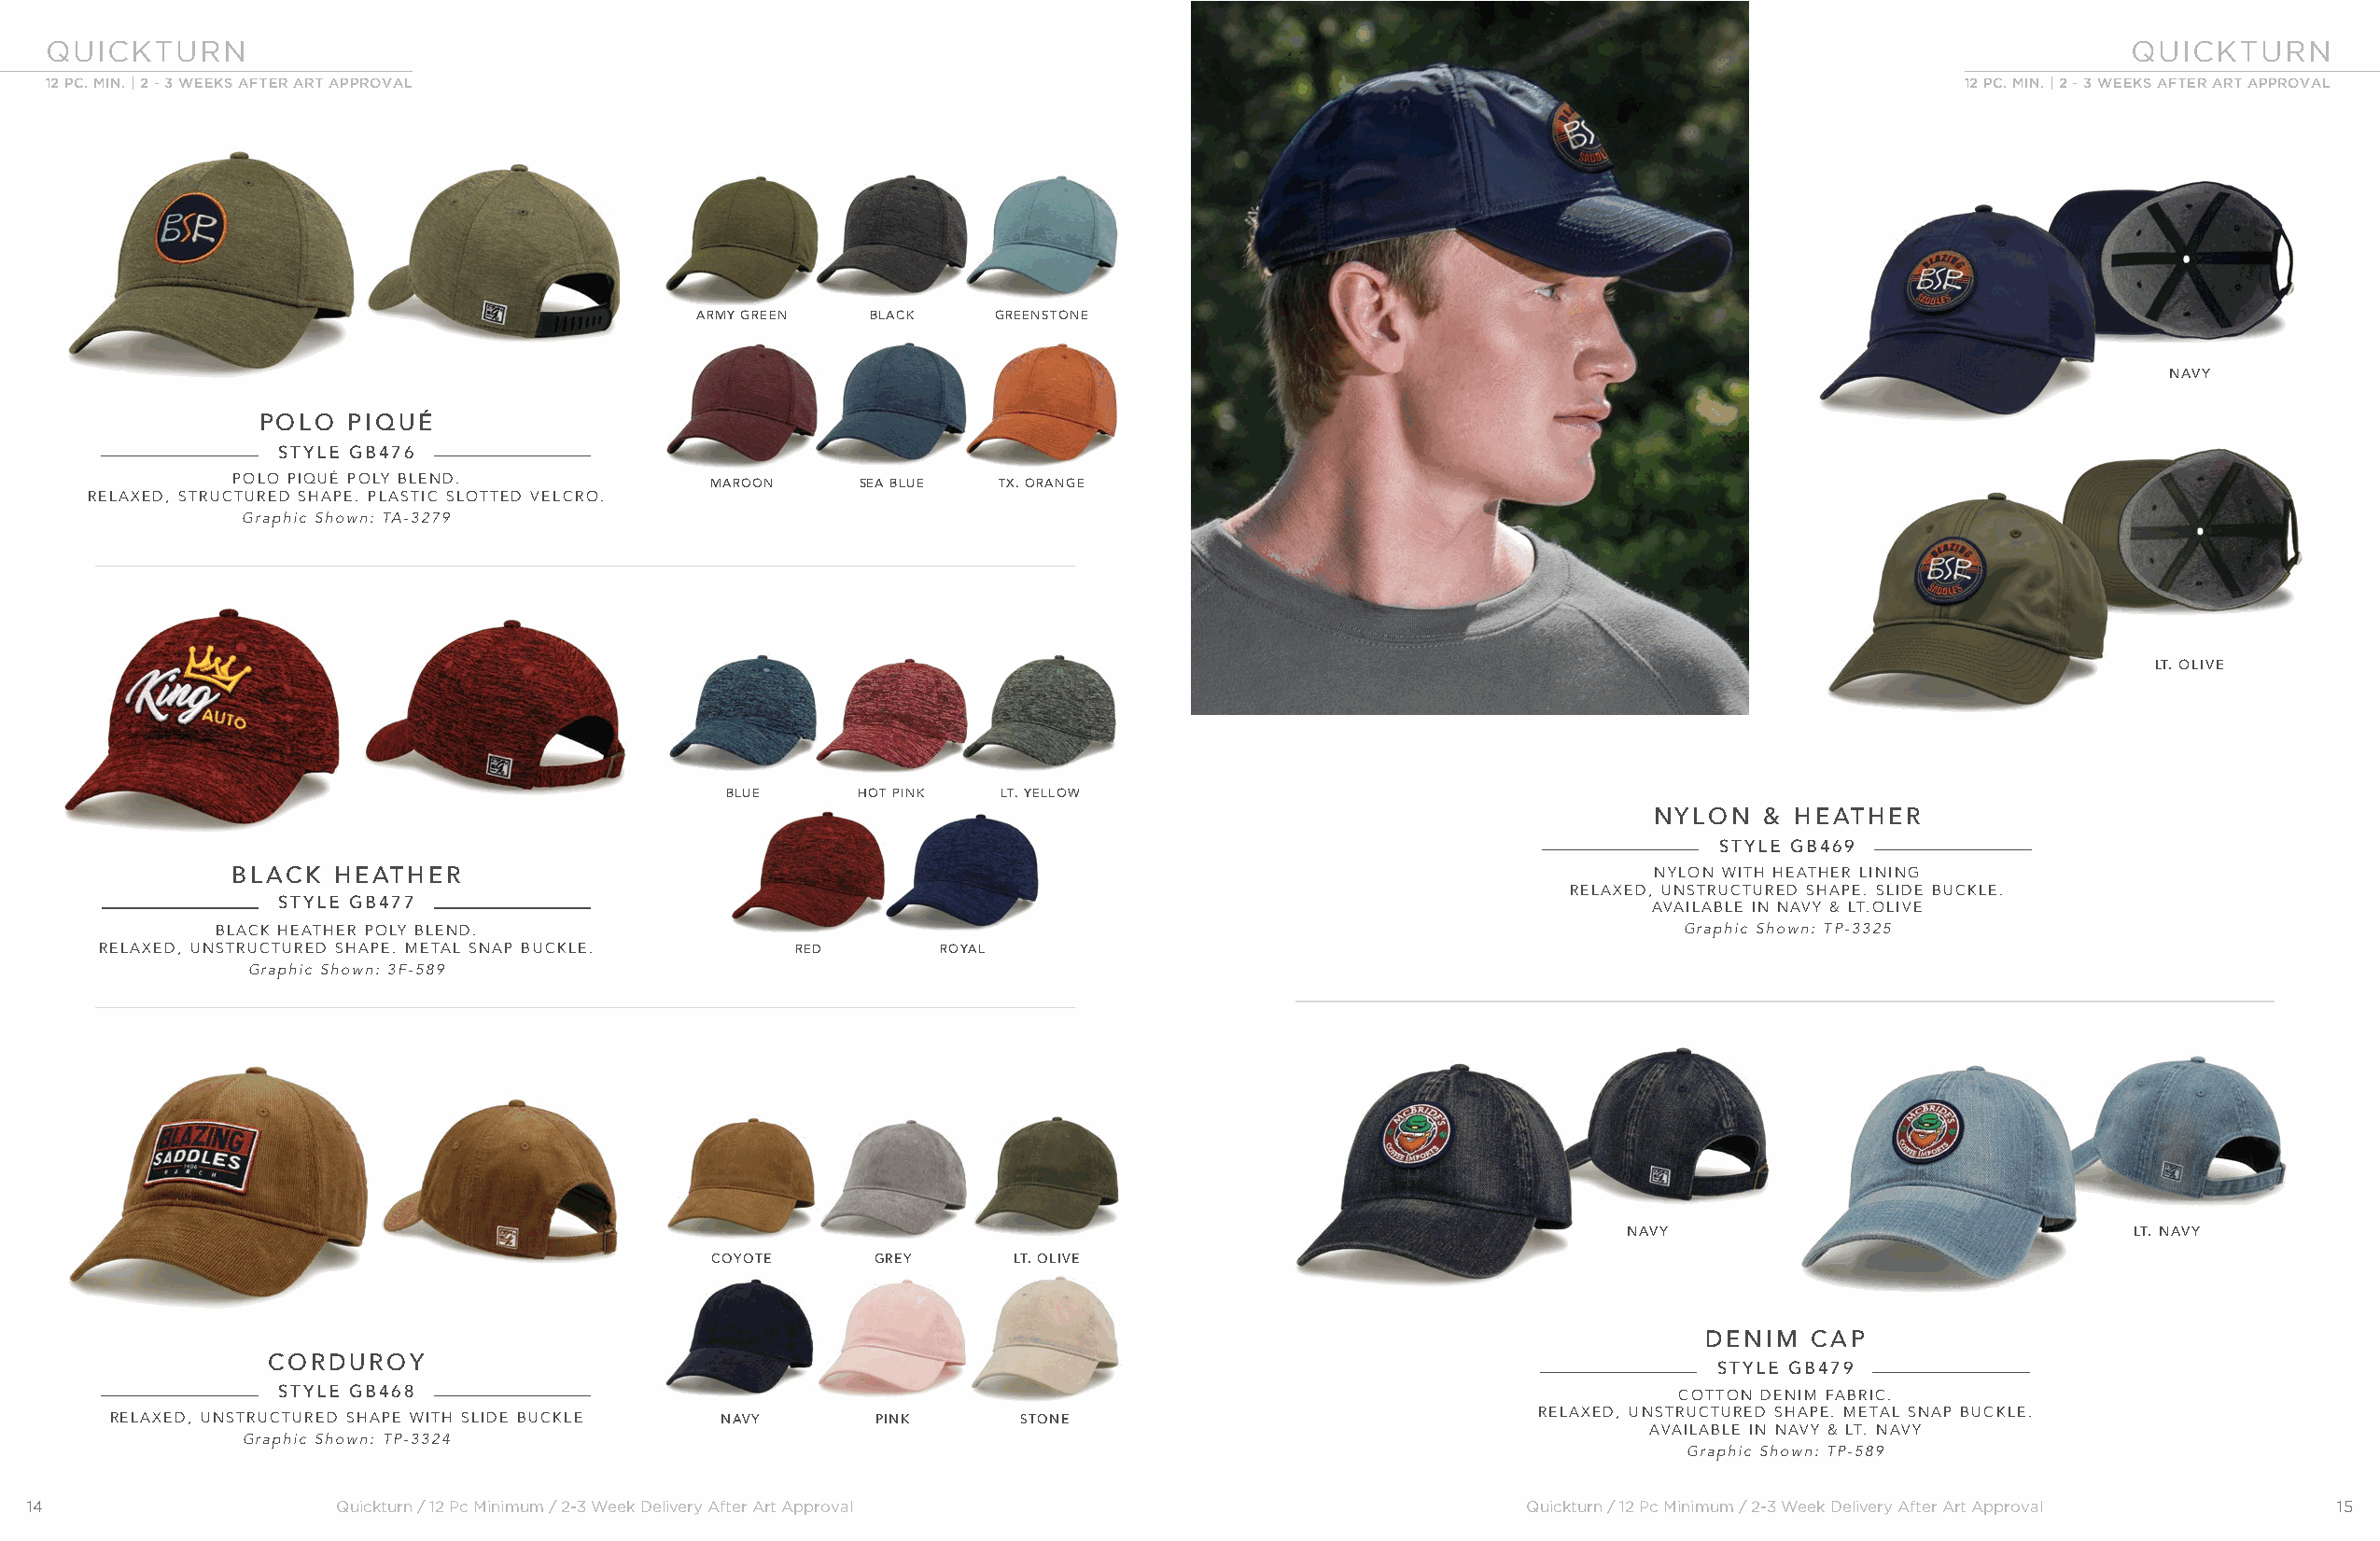
QUICKTURN                                                                                                                                           QUICKTURN
 12 PC. MIN. | 2 - 3 WEEKS AFTER ART APPROVAL                                                                                            12 PC. MIN. | 2 - 3 WEEKS AFTER ART APPROVAL
 ARMY GREEN   BLACK    GREENSTONE
 NAVY
 POLO   PIQUÉ
 STYLE GB476
 POLO PIQUÉ POLY BLEND.            MAROON     SEA BLUE  TX. ORANGE
 RELAXED, STRUCTURED SHAPE. PLASTIC SLOTTED VELCRO.
 Graphic Shown: TA-3279
 LT. OLIVE
 BLUE      HOT PINK  LT. YELLOW
 NYLON   & HEATHER
 STYLE GB469
 BLACK   HEATHER                                                                                      NYLON WITH HEATHER LINING
 RELAXED, UNSTRUCTURED SHAPE. SLIDE BUCKLE.
 STYLE GB477
 AVAILABLE IN NAVY & LT.OLIVE
 BLACK HEATHER POLY BLEND.                                                                               Graphic Shown: TP-3325
 RELAXED, UNSTRUCTURED SHAPE. METAL SNAP BUCKLE.  RED        ROYAL
 Graphic Shown: 3F-589
 NAVY                                LT. NAVY
 COYOTE      GREY      LT. OLIVE
 DENIM  CAP
 CORDUROY
 STYLE GB479
 STYLE GB468                                                                                        COTTON DENIM FABRIC.
 RELAXED, UNSTRUCTURED SHAPE WITH SLIDE BUCKLE NAVY    PINK      STONE                                RELAXED, UNSTRUCTURED SHAPE. METAL SNAP BUCKLE.
 AVAILABLE IN NAVY & LT. NAVY
 Graphic Shown: TP-3324
 Graphic Shown: TP-589
 14                    Quickturn / 12 Pc Minimum / 2-3 Week Delivery After Art Approval                    Quickturn / 12 Pc Minimum / 2-3 Week Delivery After Art Approval 15